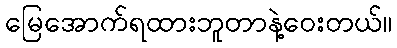
မြေအောက်ရထားဘူတာနဲ့ဝေးတယ်။